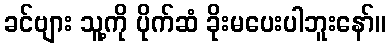
ခင်ဗျား သူ့ကို ပိုက်ဆံ ခိုးမပေးပါဘူးနော်။